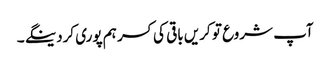
آپ شروع تو کریں باقی کی کسر ہم پوری کردینگے ۔